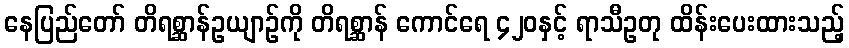
နေပြည်တော် တိရစ္ဆာန်ဥယျာဉ်ကို တိရစ္ဆာန် ကောင်ရေ ၄၂၀နှင့် ရာသီဥတု ထိန်းပေးထားသည့်